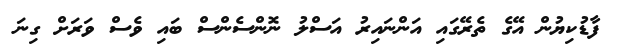
ފާޑުކިޔުން އޭގެ ތެރޭގައި އަންނައިރު އަސްލު ނޮންސެންސް ބައި ވެސް ވަރަށް ގިނަ